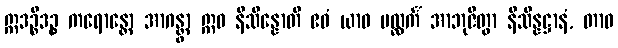
ဣဒဉ္စိဒဉ္စ ကရောန္တော အာဂန္တွာ ဣဓ နိသိန္နောတိ ဧဝံ ယာဝ ပလ္လင်္ကံ အာဘုဇိတွာ နိသိန္နဋ္ဌာနံ, တာဝ